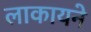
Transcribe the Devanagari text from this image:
लाकायने